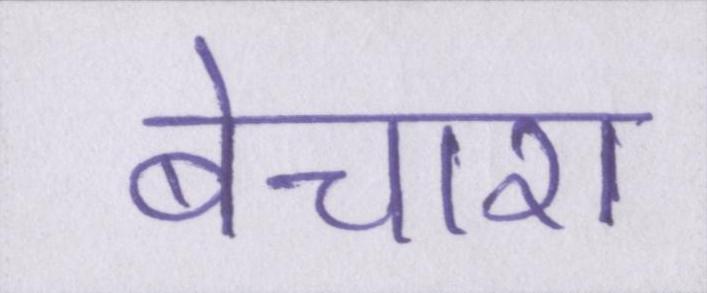
बेचारा